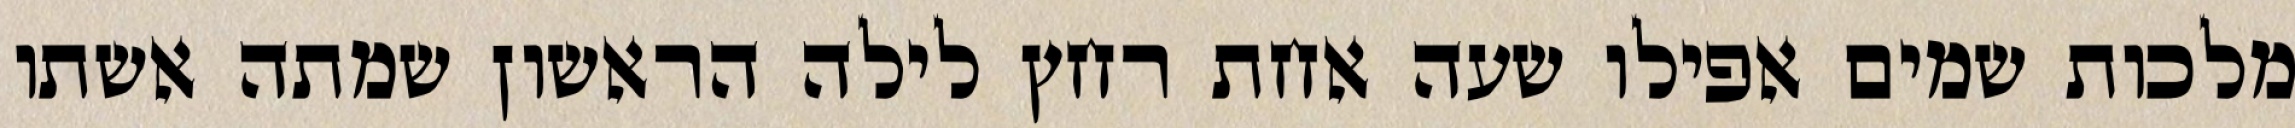
מלכות שמים אפילו שעה אחת רחץ לילה הראשון שמתה אשתו